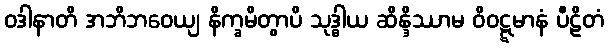
ဝဒါနာတိ အဘိဘဝေယျ နိက္ခမိတွာပိ သုဒ္ဓါယ ဆိန္ဒိဿာမ ဝိဝဋ္ဋမာနံ ပီဠိတံ